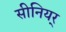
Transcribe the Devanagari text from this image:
सीनियर्